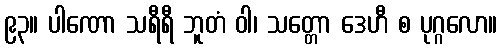
၉၃။ ပါဏော သရီရီ ဘူတံ ဝါ၊ သတ္တော ဒေဟီ စ ပုဂ္ဂလော။